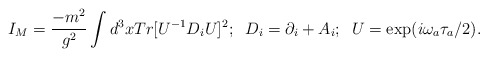
\begin{align*}I_M=\frac{-m^2}{g^2}\int d^3x Tr[ U^{-1}D_iU]^2;\;\;D_i=\partial_i+A_i;\;\;U=\exp (i\omega_a\tau_a/2).\end{align*}